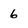
Character: 6